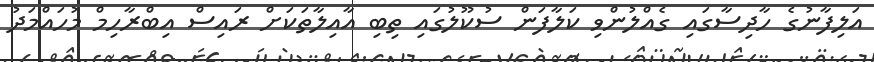
އަލިފާނުގެ ހާދިސާގައި ގެއްލުންވި ކަލާފަން ސުކޫލުގައި ތިބި އާއިލާތަކަށް ރައިސް އިބްރާހިމް މުހައްމަދު